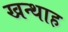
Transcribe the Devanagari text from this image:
खन्‍थाह